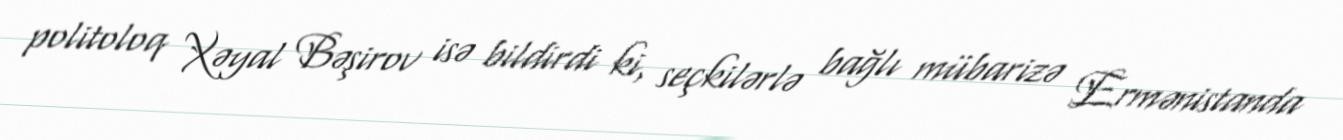
politoloq Xəyal Bəşirov isə bildirdi ki, seçkilərlə bağlı mübarizə Ermənistanda